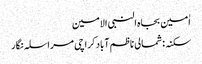
اٰمین بجاہ النبی الامین
سکنہ: شمالی ناظم آباد کراچی مراسلہ نگار